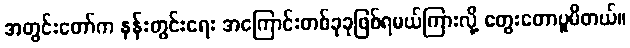
အတွင်းတော်က နန်းတွင်းရေး အကြောင်းတစ်ခုခုဖြစ်ရမယ်ကြားလို့ တွေးတောပူမိတယ်။